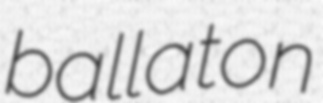
ballaton